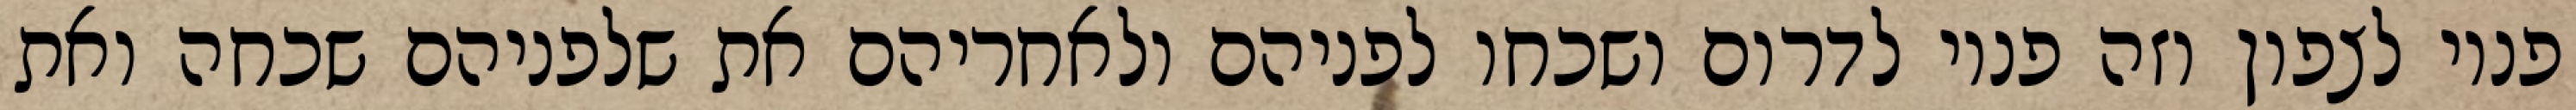
פניו לצפון וזה פניו לדרום ושכחו לפניהם ולאחריהם את שלפניהם שכחה ואת